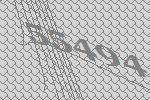
55494